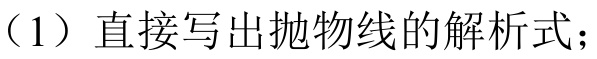
(1) 直接写出抛物线的解析式；